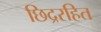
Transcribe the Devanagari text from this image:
छिद्ररहित